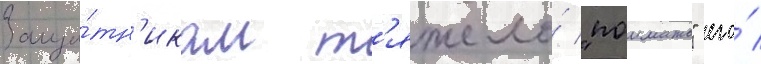
Защи́тн'икам т'яжело́ "поимать" его́